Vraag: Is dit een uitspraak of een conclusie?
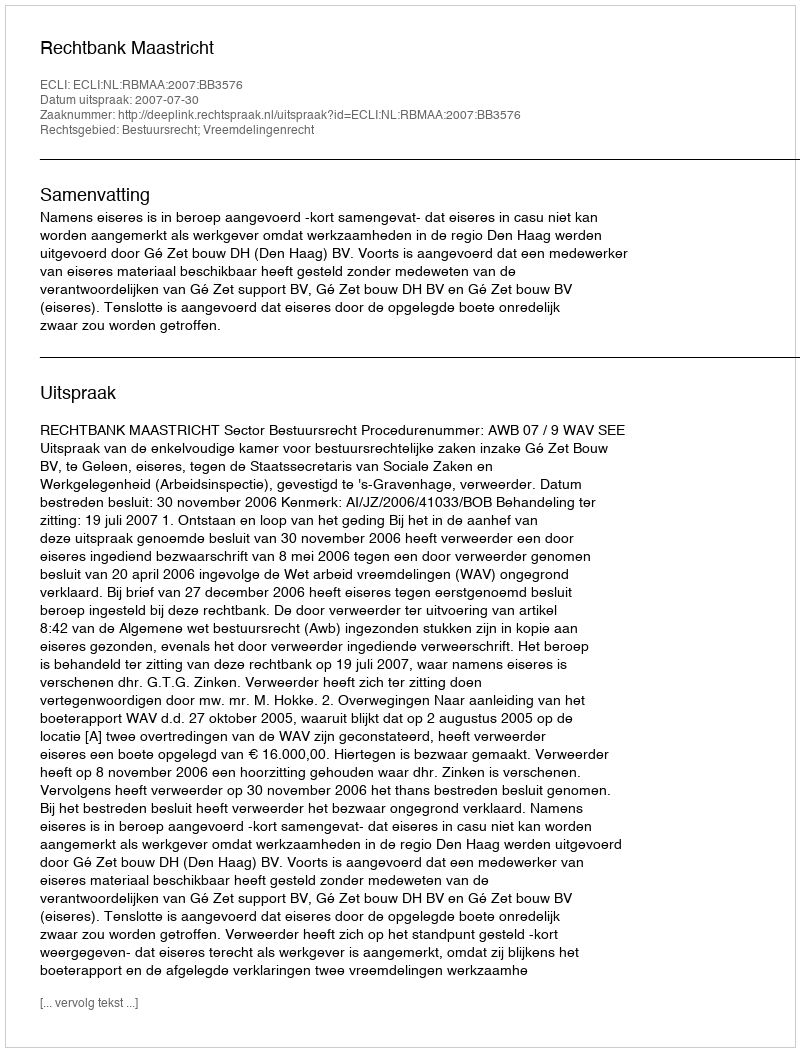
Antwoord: Uitspraak